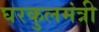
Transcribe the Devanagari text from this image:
घरकुलमंत्री